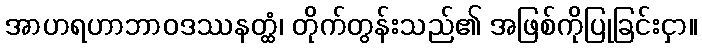
အာဟရဟာဘာဝဒဿနတ္ထံ၊ တိုက်တွန်းသည်၏ အဖြစ်ကိုပြုခြင်းငှာ။